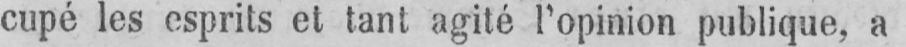
cupé les esprits et tant agité l’opinion publique, a